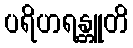
ပရိဟရန္တူတိ